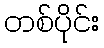
တစ်ပိုင်း